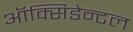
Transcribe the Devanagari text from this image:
ऑक्सिडेन्टल